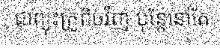
ជាព្យុះត្រូពិចវិញ ប៉ុន្តែនៅតែ